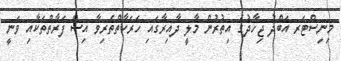
މިނިސްޓަރ އަބްދު ޖިހާދުގެ އިތުރުން މާލީ ދާއިރާގައި ހަރަކާތްތެރިވާ އިސް ފަރާތްތަކާއި ވަނީ